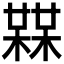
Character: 𣚨